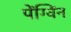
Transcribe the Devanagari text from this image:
पेंग्विंन